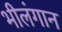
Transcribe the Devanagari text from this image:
भीलंगान